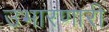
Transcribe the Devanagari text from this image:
उभारणारी